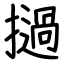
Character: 撾